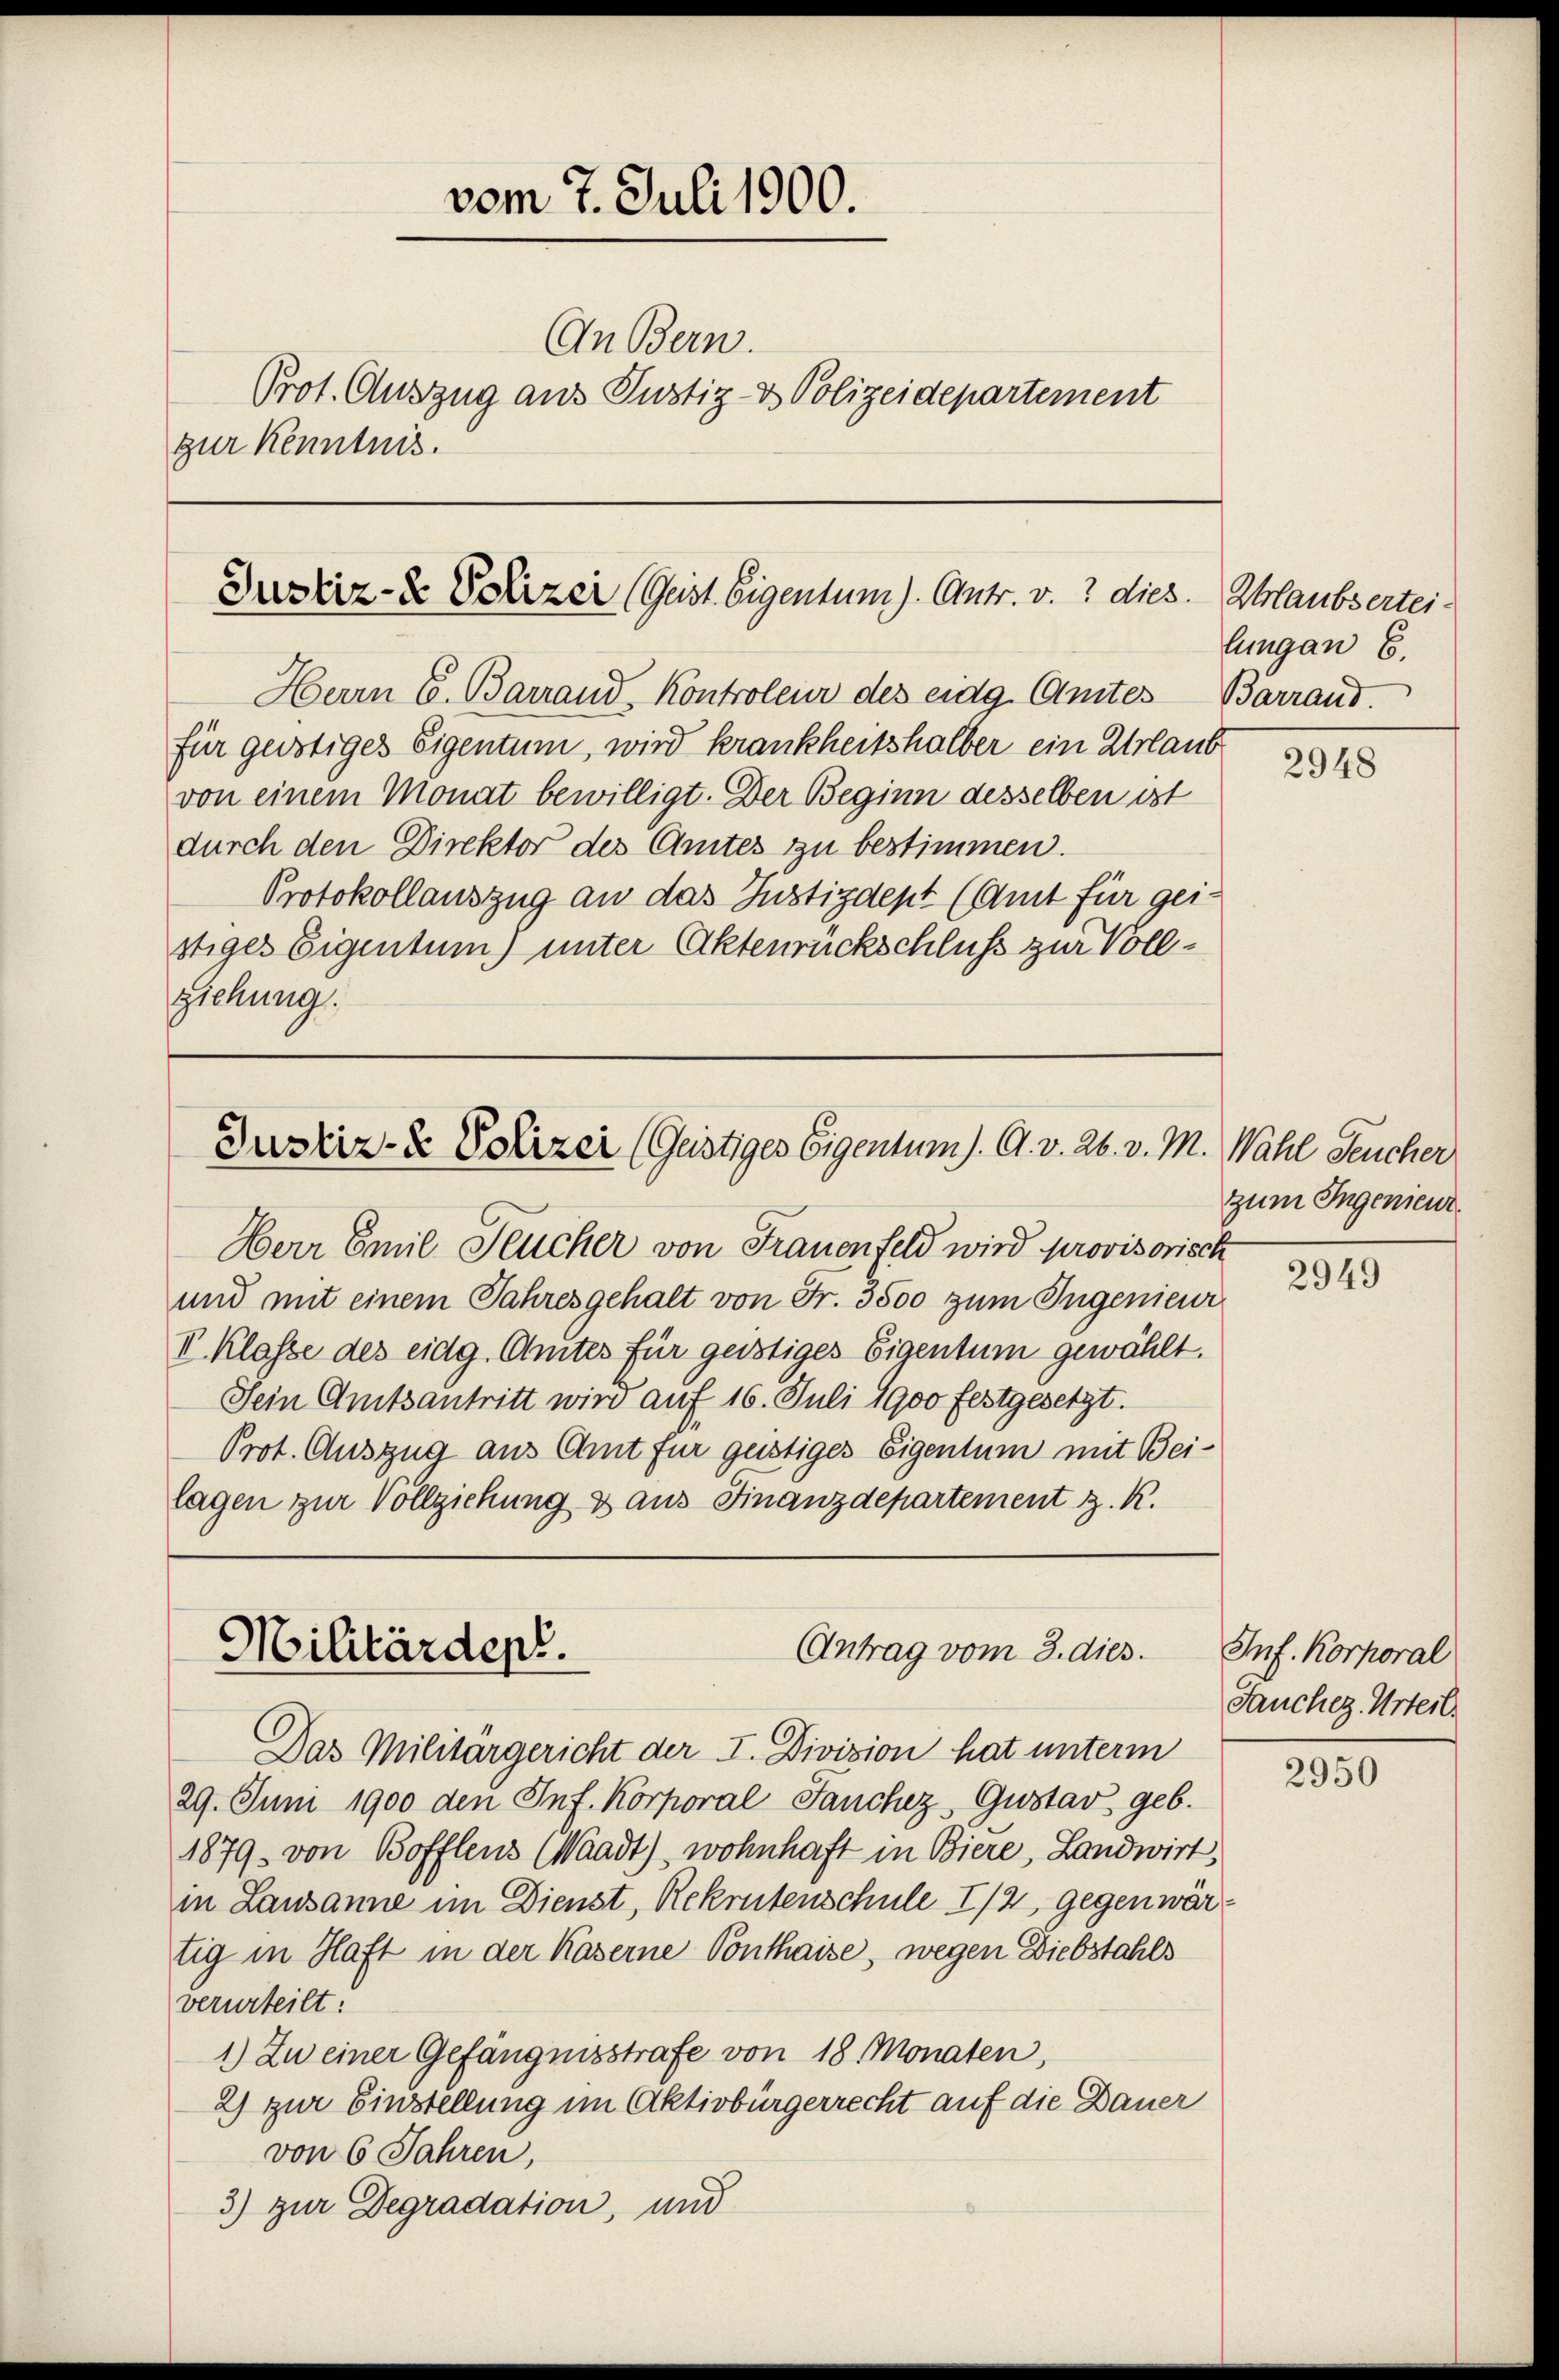
vom 7. Juli 1900.
An Bern.
Prot. Auszug aus Justiz- & Polizeidepartement
zur Kenntnis.

Justiz- & Polizer (Geist. Eigentum). Antr. v. 7 dies.

Herrn C. Barrand Kontroleur des eidg. Amtes Barraus.
für geostiges Eigentum, wird krankheitshalber ein Urlaub
von einem Monat bewilligt. Der Beginn desselben ist
durch den Direktor des Amtes zu bestimmen.
Protokollauszug an das Justizdept (Amt für gei-
stiges Eigentum) unter Aktenrückschluss zur Vollziehung.

Herr Emil Feucher von Frauenfeld wird provisorisch
und mit einem Jahresgehalt von Fr. 3500 zum Ingenieur
II. Klasse des eidg. Amtes für geistiges Eigentum gewählt.
Sein Amtsantritt wird auf 16. Juli 1900 festgesetzt.
Prot. Auszug aus Chut für geistiges Eigentum mit Beilagen zur Vollziehung & aus Finanzdepartement z. R.

Das Militärgericht der I. Division hat unterm
29. Juni 1900 den Inf. Korporal Jauchez Gustav, geb.
1879 von Boffleus (Waadt) wohnhaft in Biere, Landwirt,
in Lausanne im Dienst, Rekrutenschule 1/2 gegen wäre
tig in Haft in der Kaserne Ponthaise, wegen Diebstahls
verurteilt.
1) Zu einer Gefängnisstrafe von 18 Monaten,
2) zur Einstellung im Aktivbürgerrecht auf die Dauer
von 6 Jahren,
3) zur Degradation, und

Justiz- & Polizei (Güstiges Eigentum). A. v. 26. v. M. Wahl Feucher

Militärden.
Antrag vom 3. dies.

Ehrlaubsertei-
lungen 6.

2948

zum Ingenieur

2949

Inf. Korporal
Jauchez. Urteil.

2950